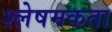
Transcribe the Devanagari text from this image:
श्लेषमकता